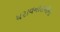
ધરાવનારાઓના